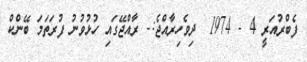
ފެބްރުއަރީ 4 - 1974  ދިވެހިރާއްޖެ:- ރާއްޖޭގައި ހުޅުވުނު ފުރަތަމަ ބޭންކް